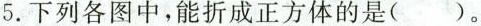
5.下列各图中，能折成正方体的是()。